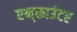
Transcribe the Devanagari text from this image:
एन्‌काउंटर